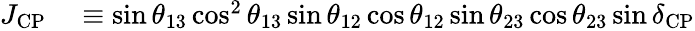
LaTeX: \begin{array}{rl}{J_{\mathrm{CP}}}&{{}\equiv\sin\theta_{13}\cos^{2}\theta_{13}\sin\theta_{12}\cos\theta_{12}\sin\theta_{23}\cos\theta_{23}\sin\delta_{\textrm{CP}}}\end{array}